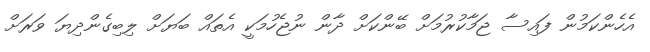
އެހެންކަމުން ފައިސާ ޖަމާކުރުމަށް ބޭންކަށް ދާން ނުޖެހުމަކީ އެތައް ބަޔަށް ލިބިގެންދިޔަ ވަރަށް